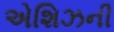
એશિઝની